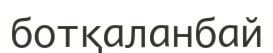
ботқаланбай